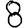
Digit: 8